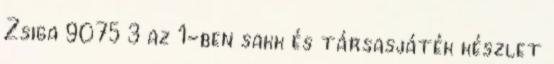
Zsiga 9075 3 az 1-ben sakk és társasjáték készlet